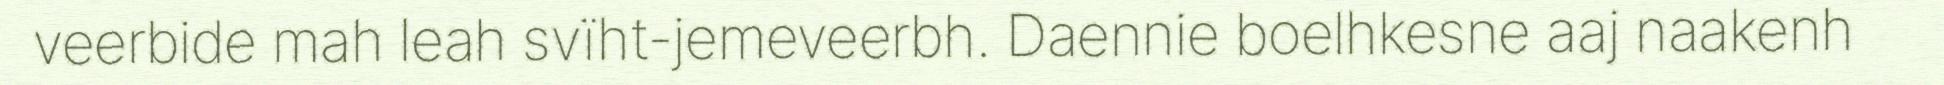
veerbide mah leah svïht-jemeveerbh. Daennie boelhkesne aaj naakenh